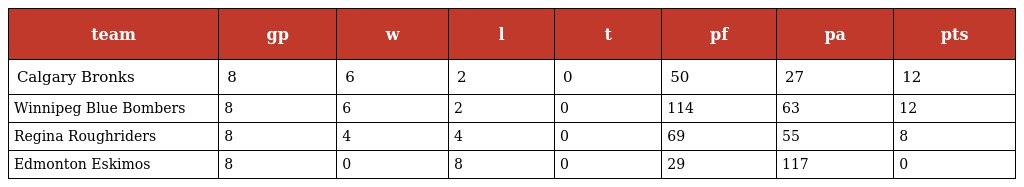
| team | gp | w | l | t | pf | pa | pts |
 | --- | --- | --- | --- | --- | --- | --- | --- |
 | Calgary Bronks | 8 | 6 | 2 | 0 | 50 | 27 | 12 |
 | Winnipeg Blue Bombers | 8 | 6 | 2 | 0 | 114 | 63 | 12 |
 | Regina Roughriders | 8 | 4 | 4 | 0 | 69 | 55 | 8 |
 | Edmonton Eskimos | 8 | 0 | 8 | 0 | 29 | 117 | 0 |